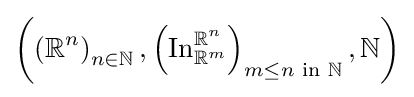
\left(\left(\mathbb {R} ^{n}\right)_{n\in \mathbb {N} },\left(\operatorname {In} _{\mathbb {R} ^{m}}^{\mathbb {R} ^{n}}\right)_{m\leq n{\text{ in }}\mathbb {N} },\mathbb {N} \right)